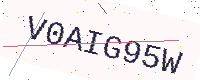
Text: V0AIG95W